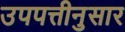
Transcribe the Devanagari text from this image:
उपपत्तीनुसार